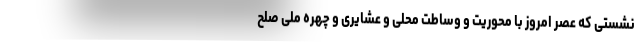
نشستی که عصر امروز با محوریت و وساطت محلی و عشایری و چهره ملی صلح